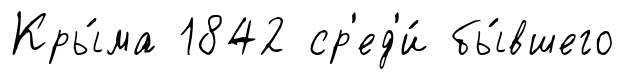
Кры́ма 1842 ср'ед'и́ бы́вшего